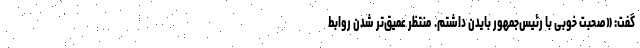
گفت: «صحبت خوبی با رئیس‌جمهور بایدن داشتم. منتظر عمیق‌تر شدن روابط